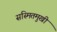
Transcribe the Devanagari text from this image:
सस्मितमुखी